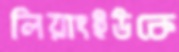
লিয়াংইউকে